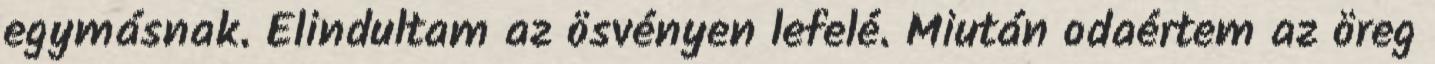
egymásnak. Elindultam az ösvényen lefelé. Miután odaértem az öreg